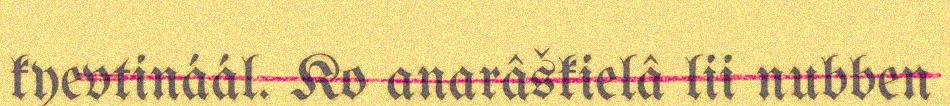
kyevtináál. Ko anarâškielâ lii nubben